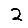
Digit: 2